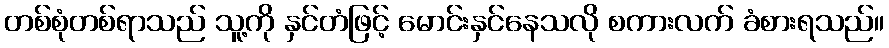
တစ်စုံတစ်ရာသည် သူ့ကို နှင်တံဖြင့် မောင်းနှင်နေသလို စကားလက် ခံစားရသည်။